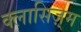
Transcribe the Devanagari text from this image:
क्लासिज़्म